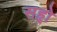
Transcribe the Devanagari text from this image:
सहृो